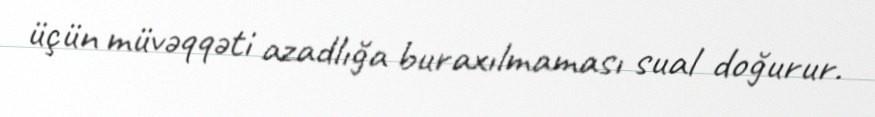
üçün müvəqqəti azadlığa buraxılmaması sual doğurur.